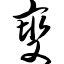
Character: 燮